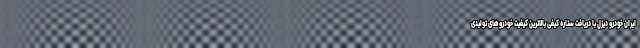
ایران خودرو دیزل با دریافت ستاره کیفی بالاترین کیفیت خودروهای تولیدی